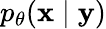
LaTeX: p_{\theta}(\mathbf{x}\mid\mathbf{y})